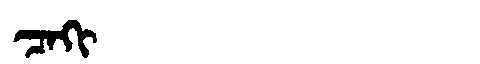
Manchu: ᠴᠠᡴᡳ
Romanization: CAKI